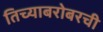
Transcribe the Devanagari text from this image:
तिच्याबरोबरची